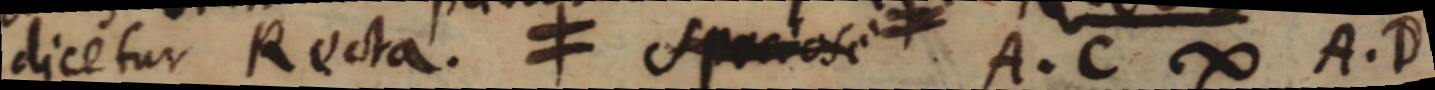
dicetur Recta. ≠ spaciose A. C ∞ A. D